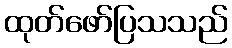
ထုတ်ဖော်ပြသသည်